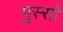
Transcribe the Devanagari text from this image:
पुस्सो